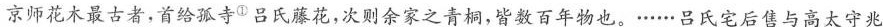
京师花木最古者，首给孤寺^{①}吕氏藤花，次则余家之青桐，皆数百年物也。……吕氏宅后售与高太守兆